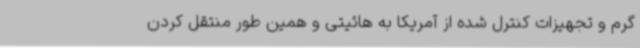
گرم و تجهیزات کنترل شده از آمریکا به هائیتی و همین طور منتقل کردن